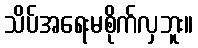
သိပ်အရေးမစိုက်လှဘူး။